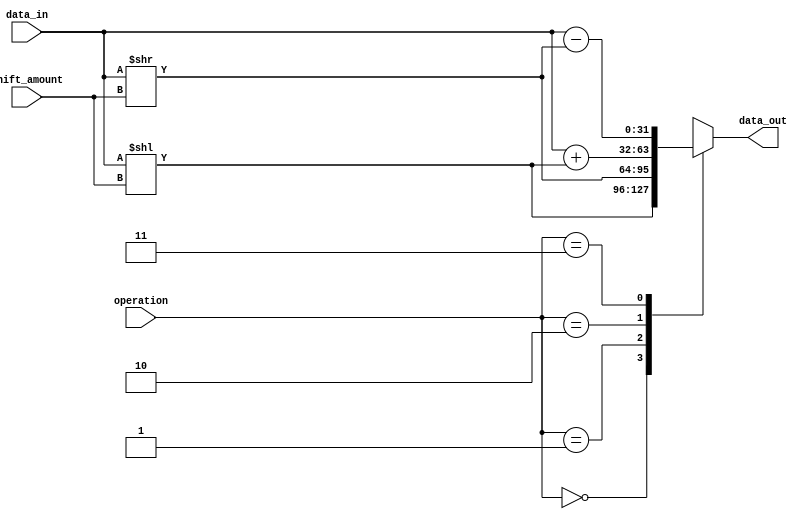
module Barrel_Shifter (
    input [31:0] data_in,
    input [4:0] shift_amount,
    input [1:0] operation,
    output reg [31:0] data_out
);

always @ (data_in or shift_amount or operation)
begin
    case(operation)
        2'b00: data_out = data_in << shift_amount;
        2'b01: data_out = data_in >> shift_amount;
        2'b10: data_out = data_in + (data_in << shift_amount);
        2'b11: data_out = data_in - (data_in >> shift_amount);
    endcase
end

endmodule